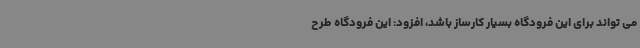
می تواند برای این فرودگاه بسیار کارساز باشد، افزود: این فرودگاه طرح